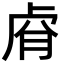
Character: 𮓢